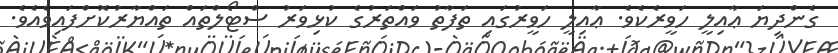
ގެންދިޔަ ޢާއިލީ ހަވީރެކެވެ. ޢާއިލީ ހަވީރުގައި ތަފާތު ވައްތަރުގެ ކުޅިވަރު ސްޓޯލްތައް ތައްޔާރުކޮށްފައިވެއެވެ.